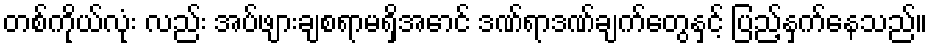
တစ်ကိုယ်လုံး လည်း အပ်ဖျားချစရာမရှိအောင် ဒဏ်ရာဒဏ်ချက်တွေနှင့် ပြည့်နှက်နေသည်။